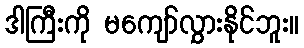
ဒါကြီးကို မကျော်လွှားနိုင်ဘူး။